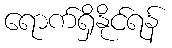
ရောက်ရှိနိုင်ရန်